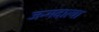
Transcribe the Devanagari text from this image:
जन्मदात्या